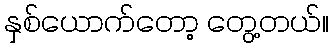
နှစ်ယောက်တော့ တွေ့တယ်။